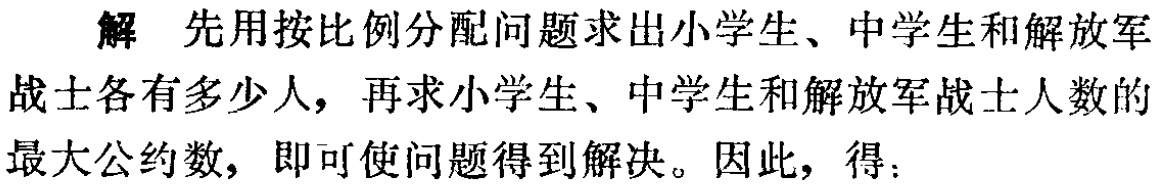
解 先用按比例分配问题求出小学生、中学生和解放军
战士各有多少人，再求小学生、中学生和解放军战士人数的
最大公约数，即可使问题得到解决。因此，得：